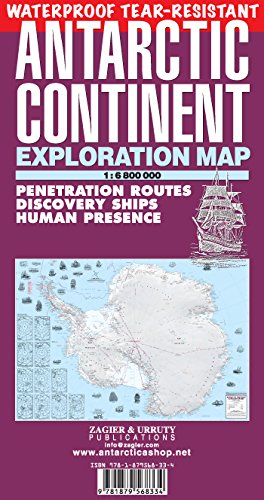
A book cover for Antarctic Continent Waterproof Exploration Map; Sergio Zagier; Travel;